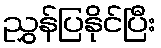
ညွှန်ပြနိုင်ပြီး